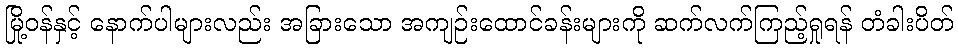
မြို့ဝန်နှင့် နောက်ပါများလည်း အခြားသော အကျဉ်းထောင်ခန်းများကို ဆက်လက်ကြည့်ရှုရန် တံခါးပိတ်